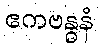
ဧကဗန္ဓနံ